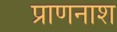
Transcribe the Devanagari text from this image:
प्राणनाश